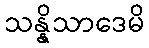
သန္နိသာဒေမိ